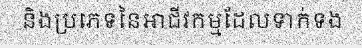
និងប្រភេទនៃអាជីវកម្មដែលទាក់ទង